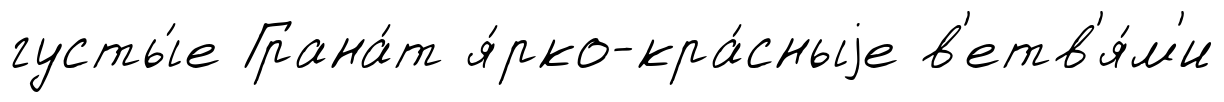
густы́е Грана́т я́рко-кра́сныjе в'етв'я́м'и